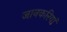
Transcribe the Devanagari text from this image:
जानकरियां